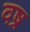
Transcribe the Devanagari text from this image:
वष्र